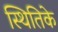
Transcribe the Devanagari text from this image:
स्थितिके